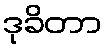
ဒုခိတာ